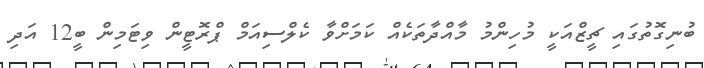
ބުނިގޮތުގައި ޗީޒްއަކީ މުހިންމު މާއްދާތަކެއް ކަމަށްވާ ކެލްސިއަމް ޕްރޮޓީން ވިޓަމިން ބީ12 އަދި